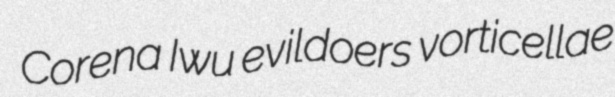
Corena Iwu evildoers vorticellae